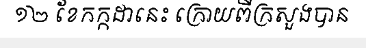
១២ ខែកក្កដានេះ ក្រោយពីក្រសួងបាន